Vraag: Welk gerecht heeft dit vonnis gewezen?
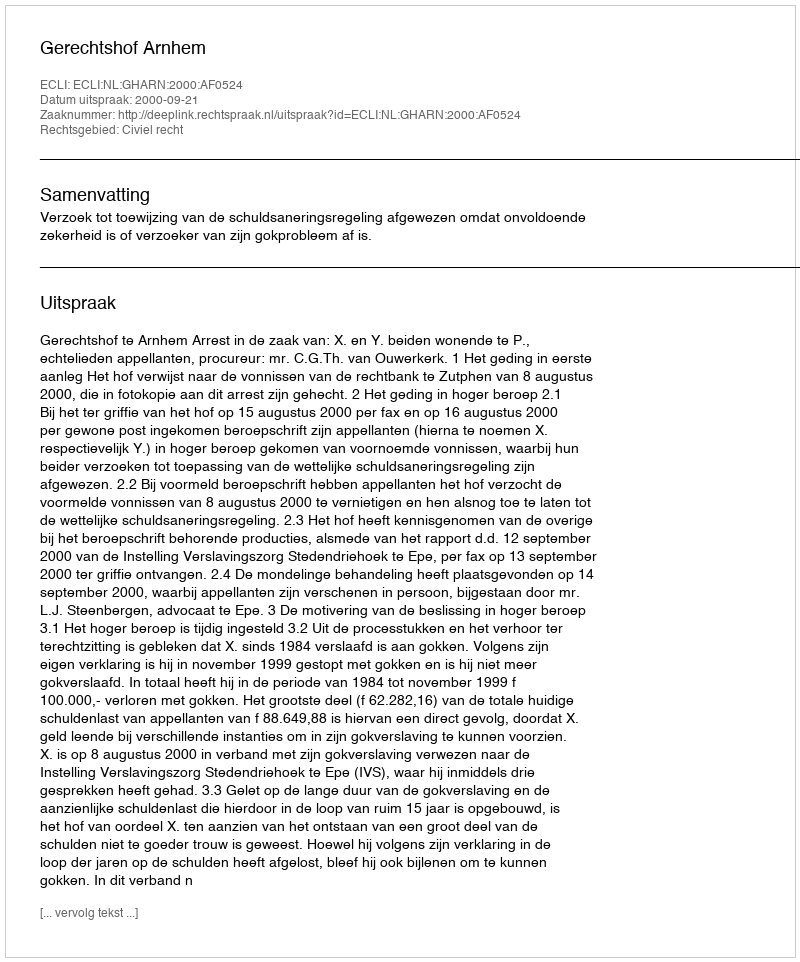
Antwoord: Gerechtshof Arnhem